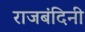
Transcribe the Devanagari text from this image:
राजबंदिनी